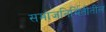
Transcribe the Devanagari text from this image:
समाजनिर्मितीतील